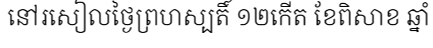
នៅរសៀលថ្ងៃព្រហស្បតិ៍ ១២កើត ខែពិសាខ ឆ្នាំ